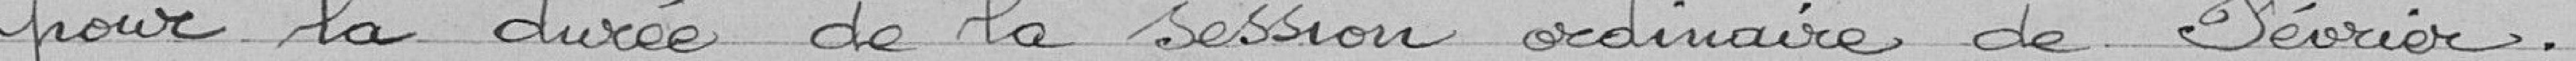
pour la durée de la session ordinaire de Février.